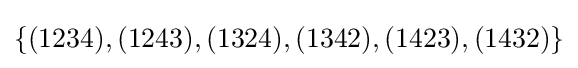
\{(1234),(1243),(1324),(1342),(1423),(1432)\}